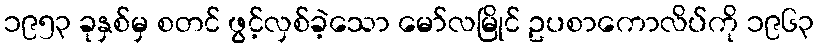
၁၉၅၃ ခုနှစ်မှ စတင် ဖွင့်လှစ်ခဲ့သော မော်လမြိုင် ဥပစာကောလိပ်ကို ၁၉၆၃